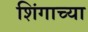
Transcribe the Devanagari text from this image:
शिंगाच्या